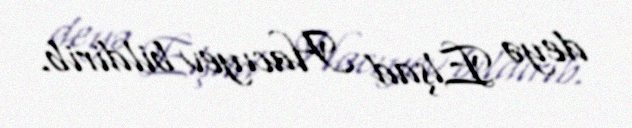
deyə Elşad Hacıyev bildirib.